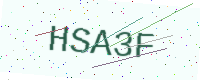
Text: HSA3F